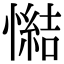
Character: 𢢂